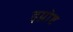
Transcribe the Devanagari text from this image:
इग्नोष्ट